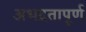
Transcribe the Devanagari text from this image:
अभद्रतापूर्ण